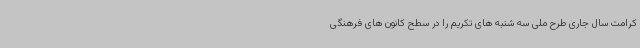
کرامت سال جاری طرح ملی سه شنبه های تکریم را در سطح کانون های فرهنگی